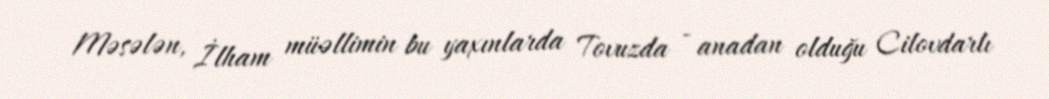
Məsələn, İlham müəllimin bu yaxınlarda Tovuzda - anadan olduğu Cilovdarlı